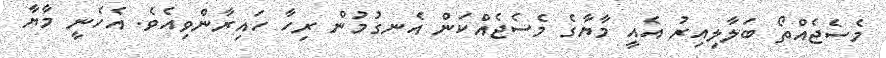
މެސެޖެއްތޯ ބަލާލިއިރު އެއީ މާޔާގެ މެސެޖެއްކަން އެނގުމުން ރިހާ ހައިރާންވިއެވެ. އެހެނީ މާޔާ